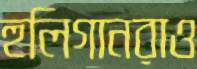
হুলিগানরাও